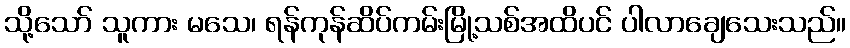
သို့သော် သူကား မသေ၊ ရန်ကုန်ဆိပ်ကမ်းမြို့သစ်အထိပင် ပါလာချေသေးသည်။